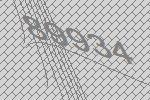
89934